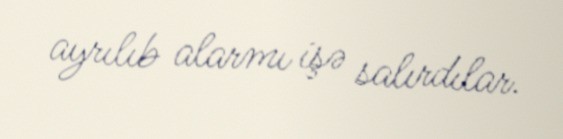
ayrılıb alarmı işə salırdılar.